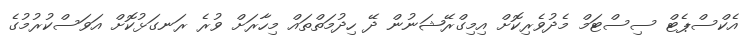
އެކްސްޕެޓް ސިސްޓަމް މެދުވެރިކޮށް އިމިގްރޭޝަނުން ދޭ ހިދުމަތްތައް މިހާރަށް ވުރެ ރަނގަޅުކޮށް އަވަސްކުރުމުގެ